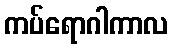
ကပ်ရောဂါကာလ